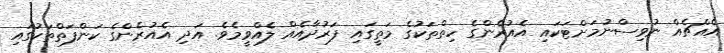
އެއްޗެއް ނުވިސްނުމަށްޓަކައި އެއުރެންގެ ހިތްތަކުގެ މަތީގައި ފަރުދާއެއް ލެއްވީމެވެ. އަދި އެއުރެންގެ ކަންފަތްތަކުގައި